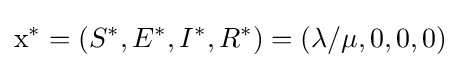
\mathrm {x} ^{*}=(S^{*},E^{*},I^{*},R^{*})=(\lambda /\mu ,0,0,0)